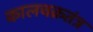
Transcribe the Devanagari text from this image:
कालचक्रतंत्र